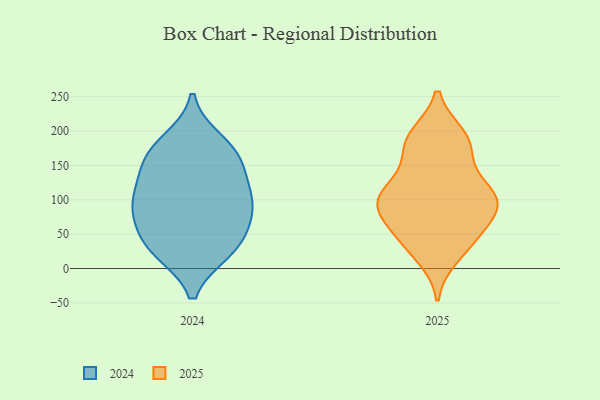
{"axis": {"x": "Budget (USD K)", "y": "Value"}, "legend": ["2024", "2025"], "data": [{"x": "", "y": 116, "type": "2024"}, {"x": "", "y": 25, "type": "2024"}, {"x": "", "y": 127, "type": "2024"}, {"x": "", "y": 185, "type": "2024"}, {"x": "", "y": 91, "type": "2024"}, {"x": "", "y": 48, "type": "2024"}, {"x": "", "y": 159, "type": "2024"}, {"x": "", "y": 30, "type": "2024"}, {"x": "", "y": 28, "type": "2024"}, {"x": "", "y": 95, "type": "2024"}, {"x": "", "y": 86, "type": "2024"}, {"x": "", "y": 161, "type": "2024"}, {"x": "", "y": 169, "type": "2024"}, {"x": "", "y": 78, "type": "2024"}, {"x": "", "y": 18, "type": "2025"}, {"x": "", "y": 53, "type": "2025"}, {"x": "", "y": 193, "type": "2025"}, {"x": "", "y": 77, "type": "2025"}, {"x": "", "y": 110, "type": "2025"}, {"x": "", "y": 169, "type": "2025"}, {"x": "", "y": 105, "type": "2025"}, {"x": "", "y": 39, "type": "2025"}, {"x": "", "y": 85, "type": "2025"}, {"x": "", "y": 127, "type": "2025"}, {"x": "", "y": 32, "type": "2025"}, {"x": "", "y": 108, "type": "2025"}, {"x": "", "y": 94, "type": "2025"}, {"x": "", "y": 172, "type": "2025"}, {"x": "", "y": 187, "type": "2025"}, {"x": "", "y": 103, "type": "2025"}, {"x": "", "y": 65, "type": "2025"}, {"x": "", "y": 101, "type": "2025"}, {"x": "", "y": 192, "type": "2025"}]}